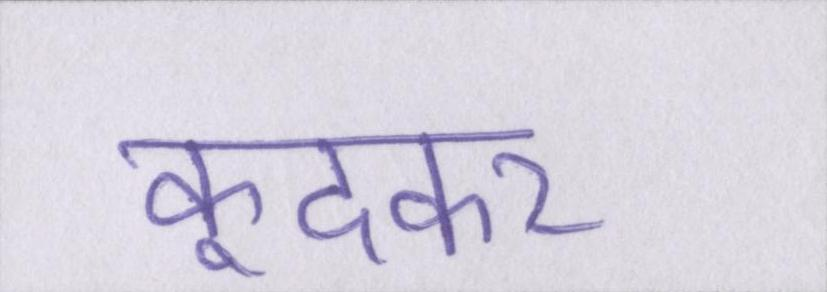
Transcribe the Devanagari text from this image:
कूदकर